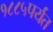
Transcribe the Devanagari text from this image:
१८८५पर्यंत